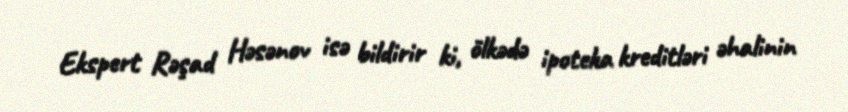
Ekspert Rəşad Həsənov isə bildirir ki, ölkədə ipoteka kreditləri əhalinin